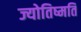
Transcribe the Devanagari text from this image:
ज्योतिष्मति